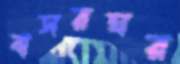
বাসরঘর